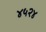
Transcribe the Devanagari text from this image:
४५२४